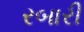
રબારી